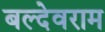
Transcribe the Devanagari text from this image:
बल्देवराम